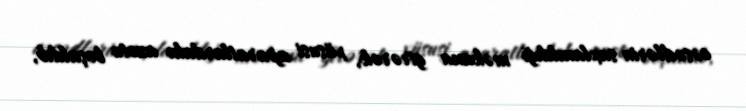
cəsədlərin saxlanıldığı məkana girərək, xüsusi aparatlardakı azotu boşaldıb,